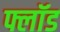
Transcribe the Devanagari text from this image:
फ्लॉड